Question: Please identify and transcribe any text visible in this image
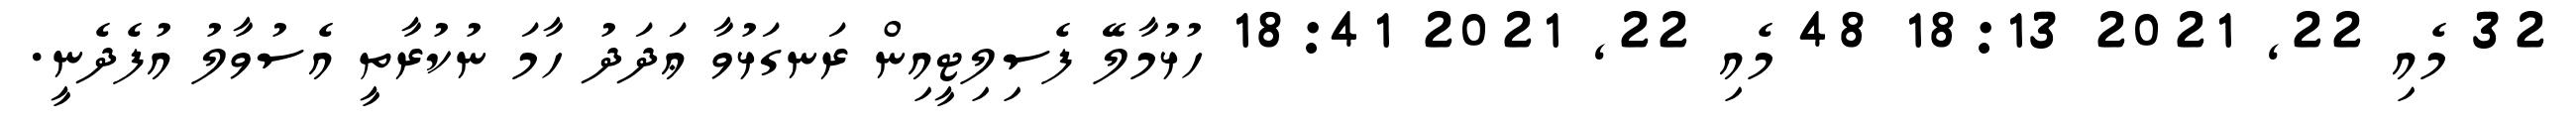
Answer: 32 މެއި 22, 2021 18:13 48 މެއި 22, 2021 18:41 ހުޅުމާލޭ ފެސިލިޓީއިން ރަނގަޅުވާ ޢަދަދު ހާމަ ނުކުރާތީ އެސުވާލު އުފެދެނީ.